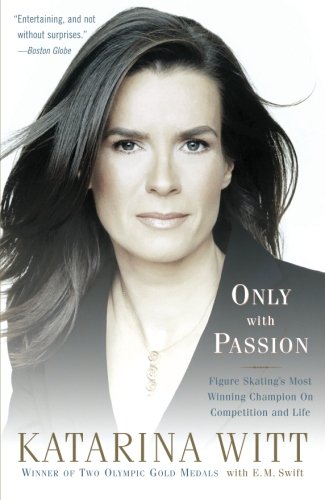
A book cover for Only With Passion: Figure Skating's Most Winning Champion on Competition and Life; Katarina Witt; Sports & Outdoors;